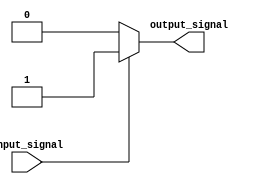
module if_else_example (
    input wire input_signal,
    output reg output_signal
);

always @(*) begin
    if (input_signal) begin
        output_signal = 1'b1; // Executed when input_signal is true
    end else begin
        output_signal = 1'b0; // Executed when input_signal is false (negated)
    end
end

endmodule